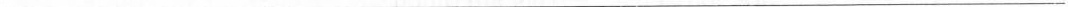
___